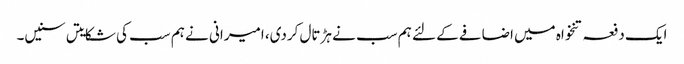
ایک دفعہ تنخواہ میں اضافے کے لئے ہم سب نے ہڑتال کردی، امیرانی نے ہم سب کی شکایتں سنیں۔